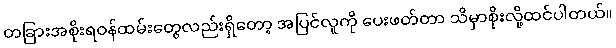
တခြားအစိုးရဝန်ထမ်းတွေလည်းရှိတော့ အပြင်လူကို ပေးဖတ်တာ သိမှာစိုးလို့ထင်ပါတယ်။